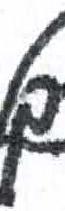
אות: ך